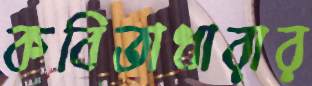
কবিতাধারার